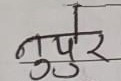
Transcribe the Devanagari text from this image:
नुपूर